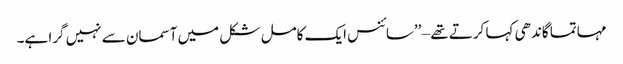
مہاتما گاندھی کہا کرتے تھے – ’’سائنس ایک کامل شکل میں آسمان سے نہیں گرا ہے۔